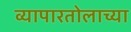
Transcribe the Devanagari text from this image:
व्यापारतोलाच्या